Civil Veterinary Department. Madras. Admin. report 1926-33 - 1926-1933
Year: 1926
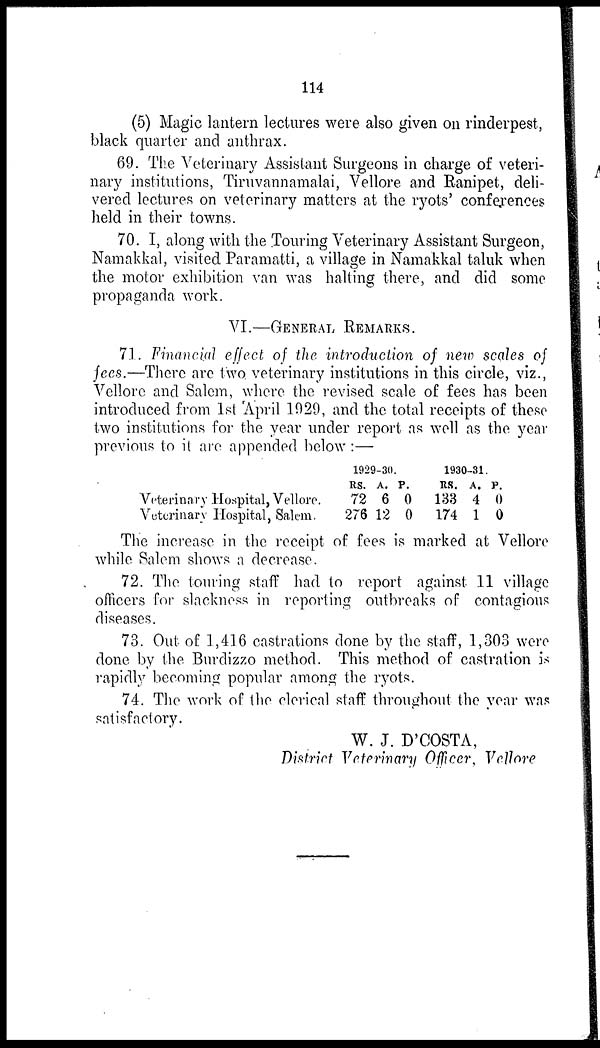
114
(5) Magic lantern lectures were also given on rinderpest,
black quarter and anthrax.
69. The Veterinary Assistant Surgeons in charge of veteri-
nary institutions, Tiruvannamalai, Vellore and Ranipet, deli-
vered lectures on veterinary matters at the ryots' conferences
held in their towns.
70. I, along with the Touring Veterinary Assistant Surgeon,
Namakkal, visited Paramatti, a village in Namakkal taluk when
the motor exhibition van was halting there, and did some
propaganda work.
VI.—GENERAL REMARKS.
71. Financial effect of the introduction of new scales of
fees.—There are two veterinary institutions in this circle, viz.,
Vellore and Salem, where the revised scale of fees has been
introduced from 1st April 1929, and the total receipts of these
two institutions for the year under report as well as the year
previous to it are appended below :—
Veterinary Hospital, Vellore.
Veterinary Hospital, Salem.
1929-30.
Rs.
72
276
A.
6
12
P.
0
0
1930-31.
Rs.
133
174
A.
4
1
P.
0
0
The increase in the receipt of fees is marked at Vellore
while Salem shows a decrease.
72. The touring staff had to report against 11 village
officers for slackness in reporting outbreaks of contagious
diseases.
73. Out of 1,416 castrations done by the staff, 1,303 were
done by the Burdizzo method. This method of castration is
rapidly becoming popular among the ryots.
74. The work of the clerical staff throughout the year was
satisfactory.
W. J. D'COSTA,
District Veterinary Officer, Vellore